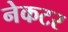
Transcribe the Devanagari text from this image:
नेकटर